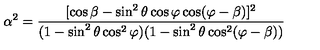
\alpha ^ { 2 } = \frac { [ \cos \beta - \sin ^ { 2 } \theta \cos \varphi \cos ( \varphi - \beta ) ] ^ { 2 } } { ( 1 - \sin ^ { 2 } \theta \cos ^ { 2 } \varphi ) ( 1 - \sin ^ { 2 } \theta \cos ^ { 2 } ( \varphi - \beta ) ) }